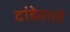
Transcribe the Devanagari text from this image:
दांडेवाले